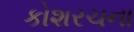
કોશરચના